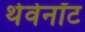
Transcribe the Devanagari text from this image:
थेवेनॉट